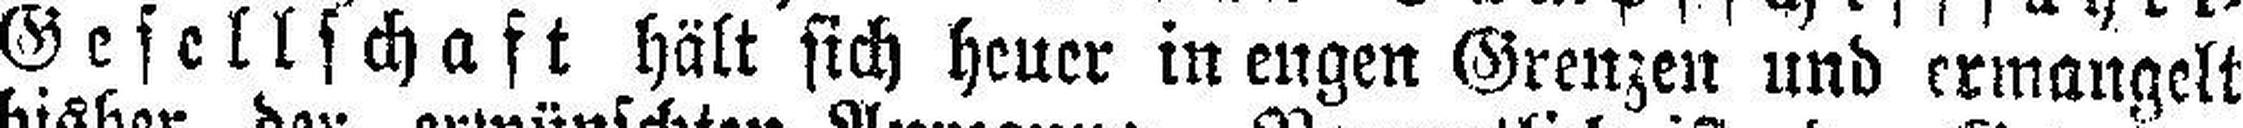
Gesellschaft hält sich heuer in engen Grenzen und ermangelt